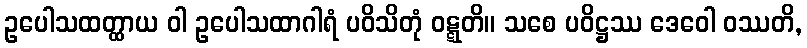
ဥပေါသထတ္ထာယ ဝါ ဥပေါသထာဂါရံ ပဝိသိတုံ ဝဋ္ဋတိ။ သစေ ပဝိဋ္ဌဿ ဒေဝေါ ဝဿတိ,